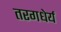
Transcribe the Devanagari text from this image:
तरगधेर्य